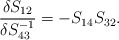
\begin{align*} \frac{\delta S_{12}}{\delta S^{-1}_{43}}=-S_{14}S_{32}.\end{align*}